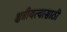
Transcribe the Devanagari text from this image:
क्षत्रीयत्वासाठी